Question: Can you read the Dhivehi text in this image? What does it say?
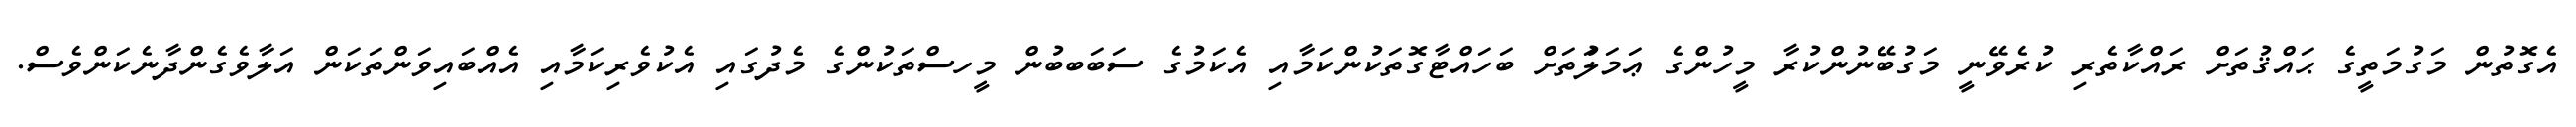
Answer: އެގޮތުން މަގުމަތީގެ ޙައްޤުތަށް ރައްކާތެރި ކުރެވޭނީ މަގުބޭނުންކުރާ މީހުންގެ ޢަމަލަުތަށް ބަހައްޓާގޮތަކުންކަމާއި އެކަމުގެ ސަބަބބުން މީހސްތަކުންގެ މެދުގައި އެކުވެރިކަމާއި އެއްބައިވަންތަކަން އަލާވެގެންދާނެކަންވެސް.